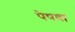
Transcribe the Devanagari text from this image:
पेषवा